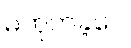
မဟုတ်ခဲ့ပေ